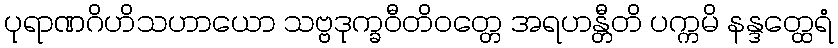
ပုရာဏဂိဟိသဟာယော သဗ္ဗဒုက္ခဝီတိဝတ္တေ အရဟန္တီတိ ပက္ကမိ နန္ဒတ္ထေရံ